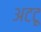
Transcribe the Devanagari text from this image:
अटटू